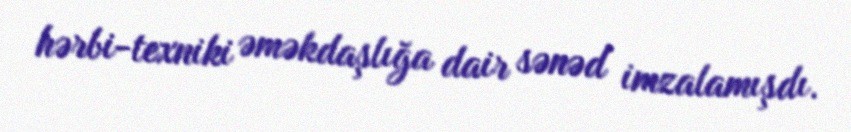
hərbi-texniki əməkdaşlığa dair sənəd imzalamışdı.